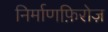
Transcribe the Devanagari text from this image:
निर्माणफ़िरोज़